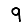
Digit: 9